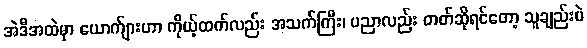
အဲဒီအထဲမှာ ယောက်ျားဟာ ကိုယ့်ထက်လည်း အသက်ကြီး၊ ပညာလည်း တတ်ဆိုရင်တော့ သူချည်းပဲ